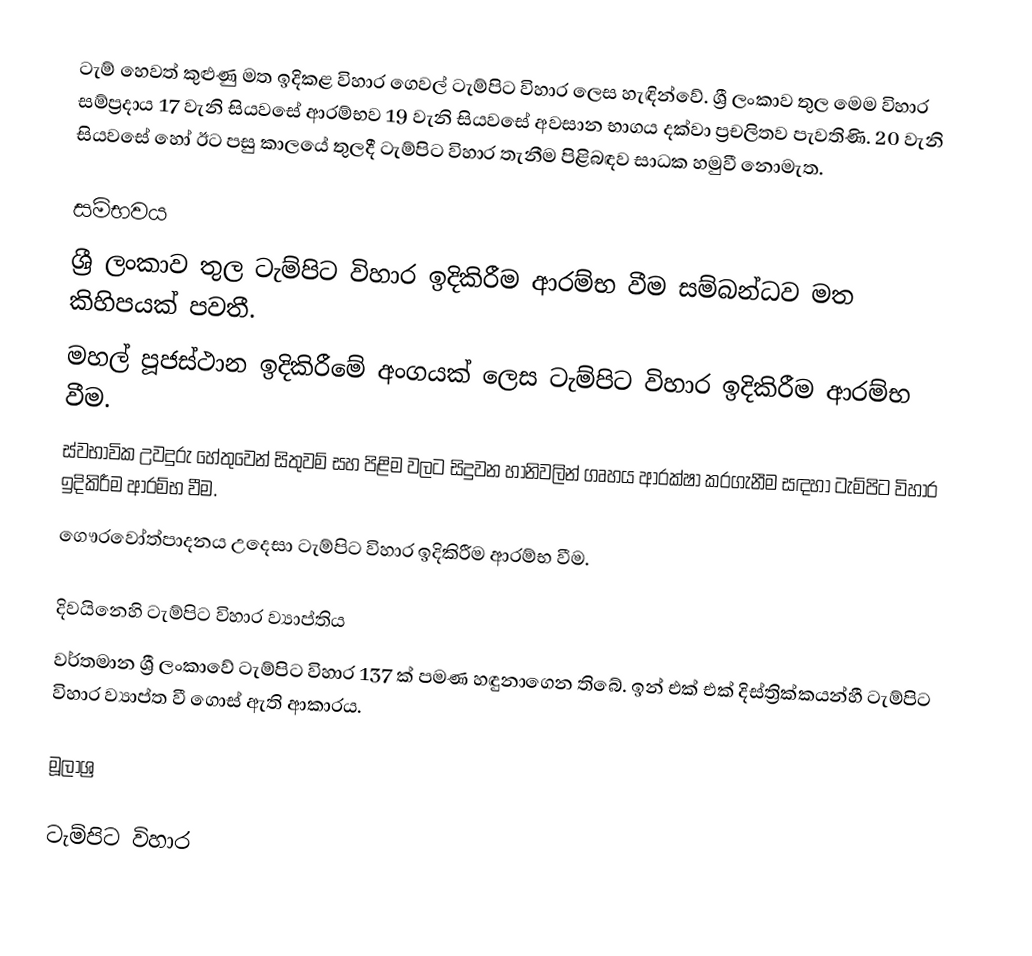
ටැම් හෙවත් කුළුණු මත ඉදිකළ විහාර ගෙවල් ටැම්පිට විහාර ලෙස හැඳින්වේ. ශ්‍රී ලංකාව තුල මෙම විහාර සම්ප්‍රදාය 17 වැනි සියවසේ ආරම්භව 19 වැනි සියවසේ අවසාන භාගය දක්‌වා ප්‍රචලිතව පැවතිණි. 20 වැනි සියවසේ හෝ ඊට පසු කාලයේ තුලදී ටැම්පිට විහාර තැනීම පිළිබඳව සාධක හමුවී නොමැත.

සම්භවය
ශ්‍රී ලංකාව තුල ටැම්පිට විහාර ඉදිකිරීම ආරම්භ වීම සම්බන්ධව මත කිහිපයක් පවතී.
මහල් පූජස්ථාන ඉදිකිරීමේ අංගයක් ලෙස ටැම්පිට විහාර ඉදිකිරීම ආරම්භ වීම.
ස්වභාවික උවදුරු හේතුවෙන් සිතුවම් සහ පිළිම වලට සිදුවන හානිවලින් ගෘහය ආරක්ෂා කරගැනීම සඳහා ටැම්පිට විහාර ඉදිකිරීම ආරම්භ වීම.
ගෞරවෝත්පාදනය උදෙසා ටැම්පිට විහාර ඉදිකිරීම ආරම්භ වීම.

දිවයිනෙහි ටැම්පිට විහාර ව්‍යාප්තිය
වර්තමාන ශ්‍රී ලංකාවේ ටැම්පිට විහාර 137 ක් පමණ හඳුනාගෙන තිබේ. ඉන් එක් එක් දිස්ත්‍රික්කයන්හී ටැම්පිට විහාර ව්‍යාප්ත වී ගොස් ඇති ආකාරය.

මූලාශ්‍ර

ටැම්පිට විහාර